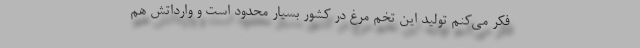
فکر می‌کنم تولید این تخم مرغ در کشور بسیار محدود است و وارداتش هم